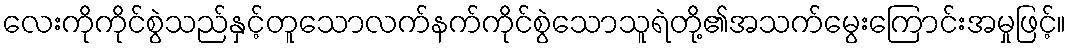
လေးကိုကိုင်စွဲသည်နှင့်တူသောလက်နက်ကိုင်စွဲသောသူရဲတို့၏အသက်မွေးကြောင်းအမှုဖြင့်။